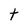
Character: t